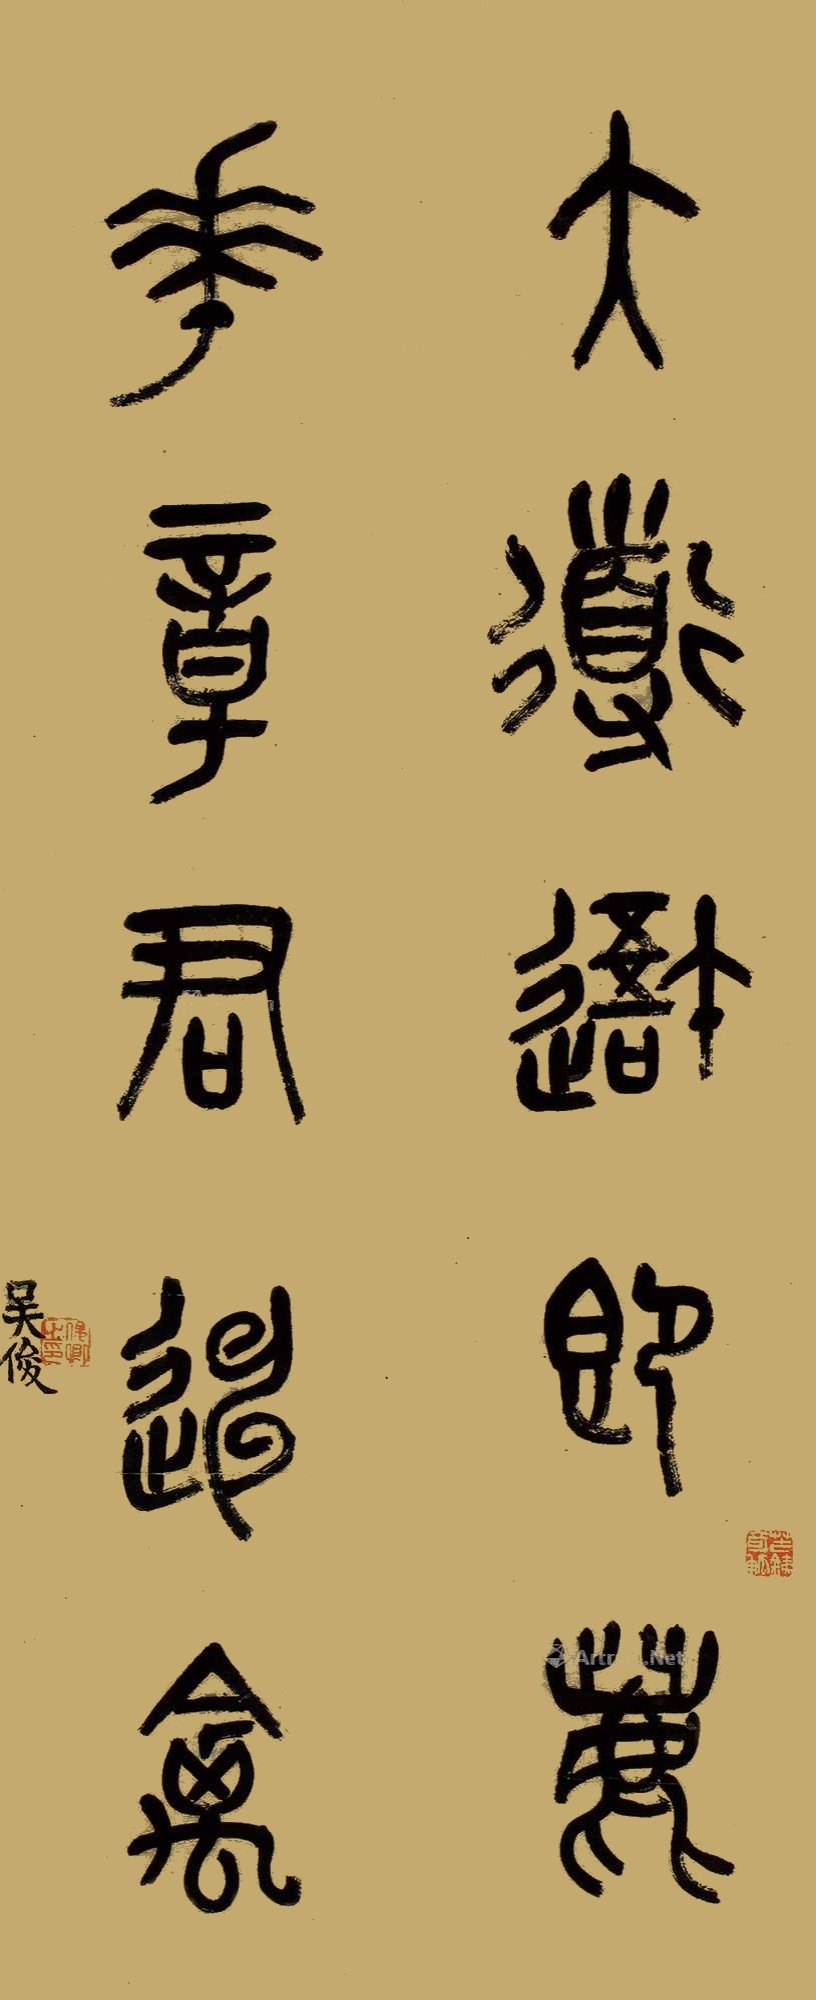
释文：大道吾即鹿；花章君迧禽。吴俊。